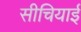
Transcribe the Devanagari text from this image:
सीचियाई